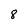
Character: 8